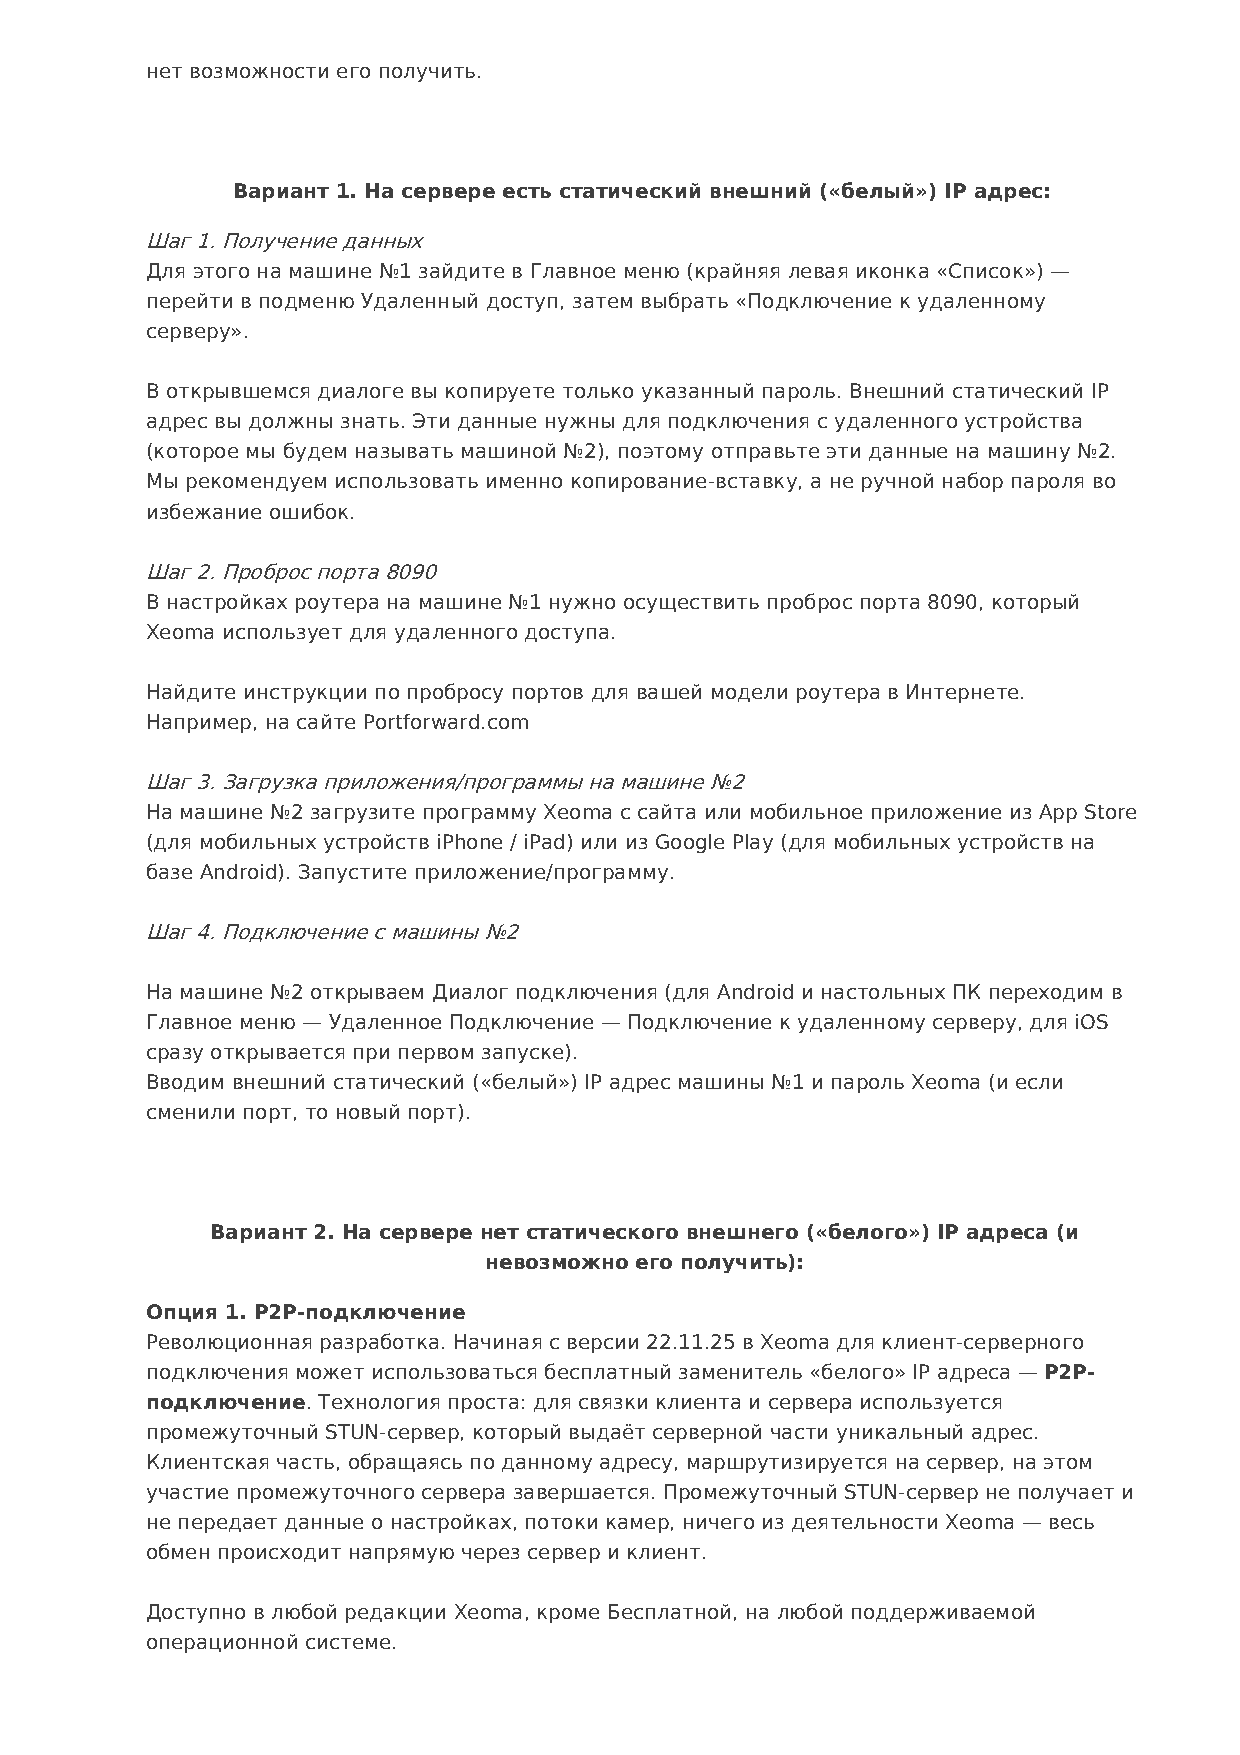
нет возможности его получить.
 Вариант 1. На сервере есть статический внешний («белый») IP адрес:
 Шаг 1. Получение данных
 Для этого на машине №1 зайдите в Главное меню (крайняя левая иконка «Список») —
 перейти в подменю Удаленный доступ, затем выбрать «Подключение к удаленному
 серверу».
 В открывшемся диалоге вы копируете только указанный пароль. Внешний статический IP
 адрес вы должны знать. Эти данные нужны для подключения с удаленного устройства
 (которое мы будем называть машиной №2), поэтому отправьте эти данные на машину №2.
 Мы рекомендуем использовать именно копирование-вставку, а не ручной набор пароля во
 избежание ошибок.
 Шаг 2. Проброс порта 8090
 В настройках роутера на машине №1 нужно осуществить проброс порта 8090, который
 Xeoma использует для удаленного доступа.
 Найдите инструкции по пробросу портов для вашей модели роутера в Интернете.
 Например, на сайте Portforward.com
 Шаг 3. Загрузка приложения/программы на машине №2
 На машине №2 загрузите программу Xeoma с сайта или мобильное приложение из App Store
 (для мобильных устройств iPhone / iPad) или из Google Play (для мобильных устройств на
 базе Android). Запустите приложение/программу.
 Шаг 4. Подключение с машины №2
 На машине №2 открываем Диалог подключения (для Android и настольных ПК переходим в
 Главное меню — Удаленное Подключение — Подключение к удаленному серверу, для iOS
 сразу открывается при первом запуске).
 Вводим внешний статический («белый») IP адрес машины №1 и пароль Xeoma (и если
 сменили порт, то новый порт).
 Вариант 2. На сервере нет статического внешнего («белого») IP адреса (и
 невозможно его получить):
 Опция 1. P2P-подключение
 Революционная разработка. Начиная с версии 22.11.25 в Xeoma для клиент-серверного
 подключения может использоваться бесплатный заменитель «белого» IP адреса — P2P-
 подключение. Технология проста: для связки клиента и сервера используется
 промежуточный STUN-сервер, который выдаёт серверной части уникальный адрес.
 Клиентская часть, обращаясь по данному адресу, маршрутизируется на сервер, на этом
 участие промежуточного сервера завершается. Промежуточный STUN-сервер не получает и
 не передает данные о настройках, потоки камер, ничего из деятельности Xeoma — весь
 обмен происходит напрямую через сервер и клиент.
 Доступно в любой редакции Xeoma, кроме Бесплатной, на любой поддерживаемой
 операционной системе.